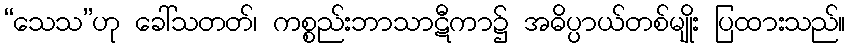
“သေသ”ဟု ခေါ်သတတ်၊ ကစ္စည်းဘာသာဋီကာ၌ အဓိပ္ပာယ်တစ်မျိုး ပြထားသည်။